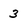
Character: 3